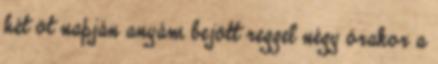
hét öt napján anyám bejött reggel négy órakor a